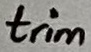
Text: trim